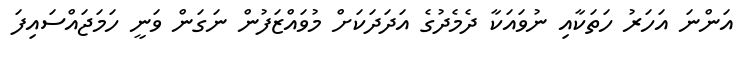
އަންނަ އަހަރު ހަތަކާއި ނުވައަކާ ދެމެދުގެ އަދަދަކަށް މުވައްޒަފުން ނަގަން ވަނީ ހަމަޖައްސައިފަ